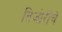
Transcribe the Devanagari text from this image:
तिजोरीचे